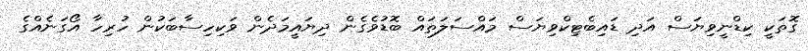
ގޮތަކީ ކިޑްނީވިޔަސް އަދި ޑައިބެޓިކްވިޔަސް މައްސަލަތައް ބޮޑުވެގެން ދިޔައީމަދެން ވަކިހިސާބަކުން ހުރިހާ އޯގަނެއްގެ